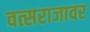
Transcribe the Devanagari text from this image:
वत्सराजावर